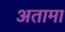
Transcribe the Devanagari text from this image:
अतामा